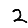
Digit: 2